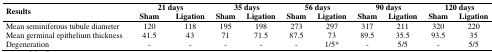
| <ROWSPAN=2> Results | <COLSPAN=2> 21 days | <COLSPAN=2> 35 days | <COLSPAN=2> 56 days | <COLSPAN=2> 90 days | <COLSPAN=2> 120 days |
 | Sham | Ligation | Sham | Ligation | Sham | Ligation | Sham | Ligation | Sham | Ligation |
 | --- | --- | --- | --- | --- | --- | --- | --- | --- | --- | --- |
 | Mean seminiferous tubule diameter | 120 | 118 | 195 | 198 | 273 | 297 | 317 | 211 | 320 | 220 |
 | Mean germinal epithelium thickness | 41.5 | 43 | 71 | 71.5 | 87.5 | 73 | 89.5 | 35.5 | 93.5 | 35 |
 | Degeneration | - | - | - | - | - | 1/5* | - | 5/5 | - | 5/5 |